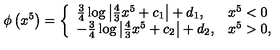
\phi \left( x ^ { 5 } \right) = \left\{ \begin{array} { l l } { \frac { 3 } { 4 } \log \left| \frac { 4 } { 3 } x ^ { 5 } + c _ { 1 } \right| + d _ { 1 } , } & { x ^ { 5 } < 0 } \\ { - \frac { 3 } { 4 } \log \left| \frac { 4 } { 3 } x ^ { 5 } + c _ { 2 } \right| + d _ { 2 } , } & { x ^ { 5 } > 0 , } \\ \end{array} \right.